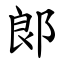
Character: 郞